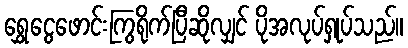
ရွှေငွေဖောင်းကြွရိုက်ပြီဆိုလျှင် ပိုအလုပ်ရှုပ်သည်။